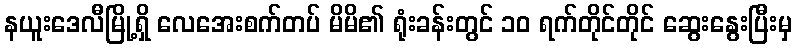
နယူးဒေလီမြို့ရှိ လေအေးစက်တပ် မိမိ၏ ရုံးခန်းတွင် ၁၀ ရက်တိုင်တိုင် ဆွေးနွေးပြီးမှ